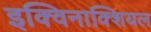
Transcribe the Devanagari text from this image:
इक्विनाक्शियल